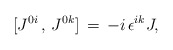
\begin{align*}[J^{0i}\,,\,J^{0k}]\,=\,-i\,\epsilon^{ik} J,\end{align*}